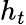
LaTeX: h_{t}